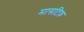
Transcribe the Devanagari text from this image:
मासटिफ़